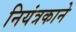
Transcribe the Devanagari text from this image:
नियंत्रकाने